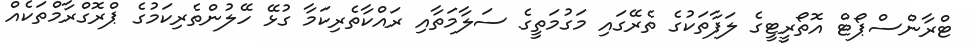
ޓްރާންސްޕޯޓް އޮތޯރީޓީގެ ލަފާތަކުގެ ތެރޭގައި މަގުމަތީގެ ސަލާމަތާއި ރައްކާތެރިކަމާ ގުޅޭ ހޭލުންތެރިކަމުގެ ޕްރޮގްރާމްތަކެއް